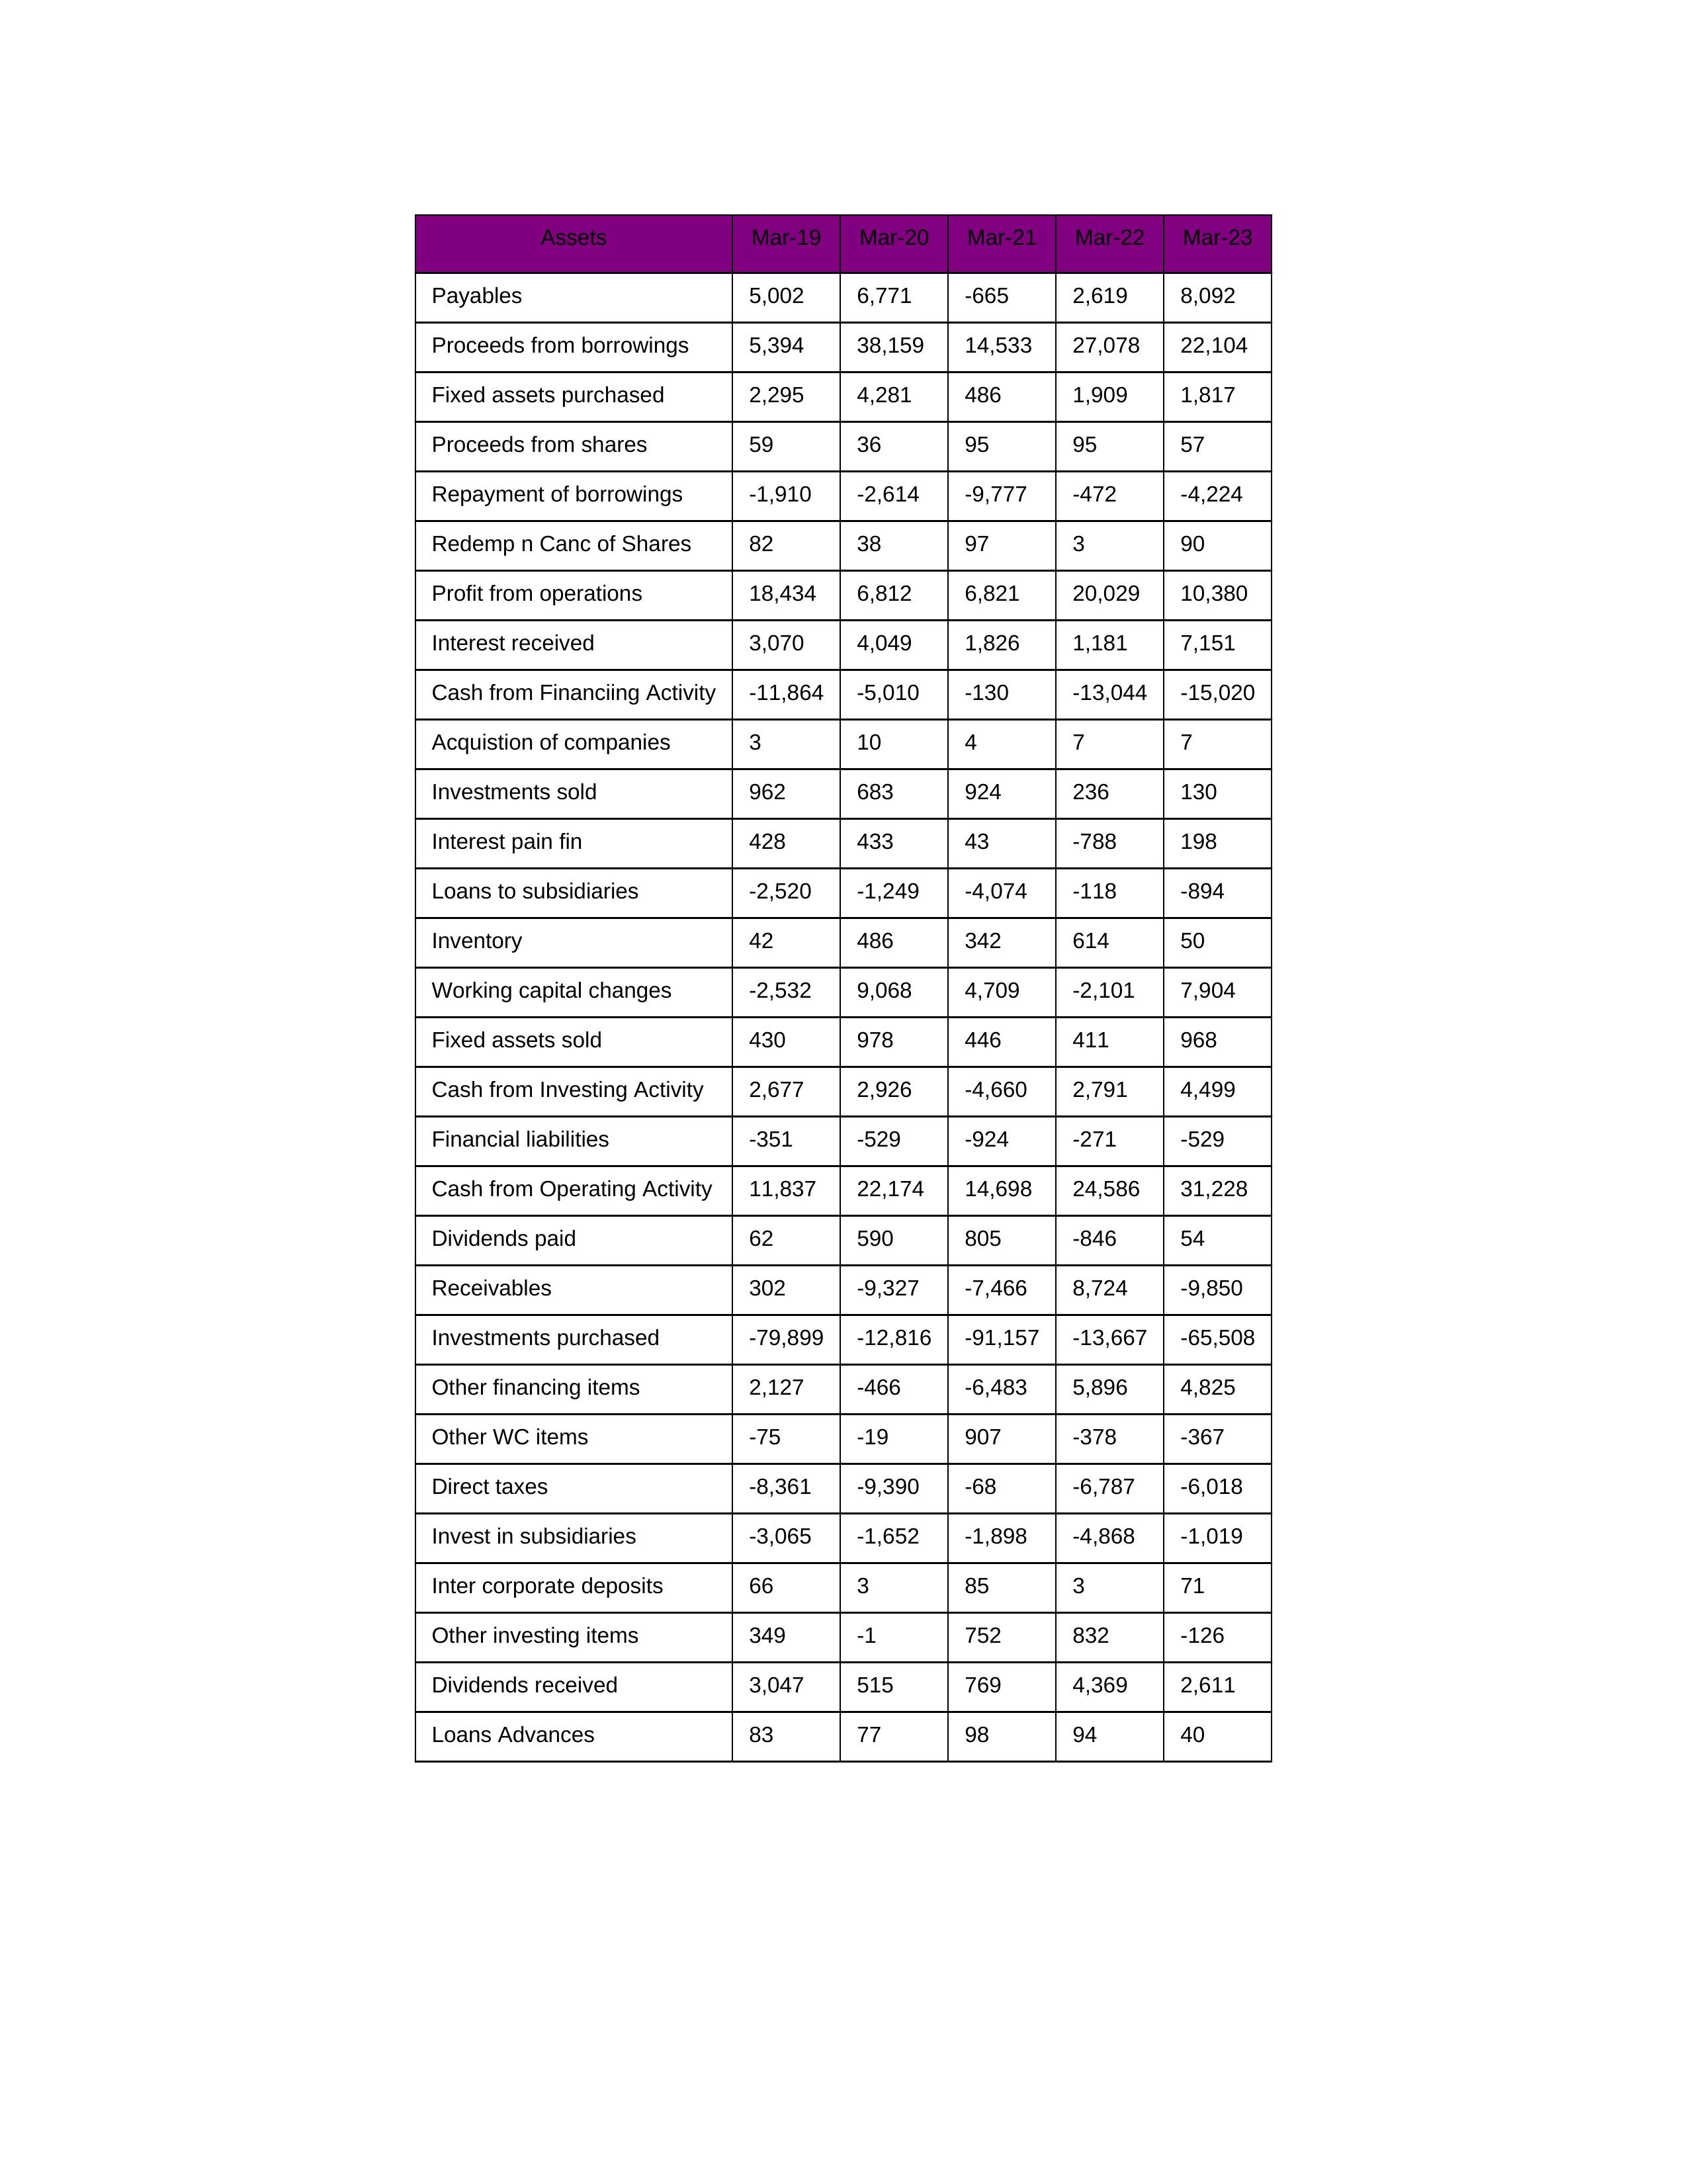
gt_parse: Mar-19: Cash from Operating Activity: 11,837
Profit from operations: 18,434
Receivables: 302
Inventory: 42
Payables: 5,002
Loans Advances: 83
Other WC items: -75
Working capital changes: -2,532
Direct taxes: -8,361
Cash from Investing Activity: 2,677
Fixed assets purchased: 2,295
Fixed assets sold: 430
Investments purchased: -79,899
Investments sold: 962
Interest received: 3,070
Dividends received: 3,047
Invest in subsidiaries: -3,065
Loans to subsidiaries: -2,520
Redemp n Canc of Shares: 82
Acquistion of companies: 3
Inter corporate deposits: 66
Other investing items: 349
Cash from Financiing Activity: -11,864
Proceeds from shares: 59
Proceeds from borrowings: 5,394
Repayment of borrowings: -1,910
Interest pain fin: 428
Dividends paid: 62
Financial liabilities: -351
Other financing items: 2,127
Mar-20: Cash from Operating Activity: 22,174
Profit from operations: 6,812
Receivables: -9,327
Inventory: 486
Payables: 6,771
Loans Advances: 77
Other WC items: -19
Working capital changes: 9,068
Direct taxes: -9,390
Cash from Investing Activity: 2,926
Fixed assets purchased: 4,281
Fixed assets sold: 978
Investments purchased: -12,816
Investments sold: 683
Interest received: 4,049
Dividends received: 515
Invest in subsidiaries: -1,652
Loans to subsidiaries: -1,249
Redemp n Canc of Shares: 38
Acquistion of companies: 10
Inter corporate deposits: 3
Other investing items: -1
Cash from Financiing Activity: -5,010
Proceeds from shares: 36
Proceeds from borrowings: 38,159
Repayment of borrowings: -2,614
Interest pain fin: 433
Dividends paid: 590
Financial liabilities: -529
Other financing items: -466
Mar-21: Cash from Operating Activity: 14,698
Profit from operations: 6,821
Receivables: -7,466
Inventory: 342
Payables: -665
Loans Advances: 98
Other WC items: 907
Working capital changes: 4,709
Direct taxes: -68
Cash from Investing Activity: -4,660
Fixed assets purchased: 486
Fixed assets sold: 446
Investments purchased: -91,157
Investments sold: 924
Interest received: 1,826
Dividends received: 769
Invest in subsidiaries: -1,898
Loans to subsidiaries: -4,074
Redemp n Canc of Shares: 97
Acquistion of companies: 4
Inter corporate deposits: 85
Other investing items: 752
Cash from Financiing Activity: -130
Proceeds from shares: 95
Proceeds from borrowings: 14,533
Repayment of borrowings: -9,777
Interest pain fin: 43
Dividends paid: 805
Financial liabilities: -924
Other financing items: -6,483
Mar-22: Cash from Operating Activity: 24,586
Profit from operations: 20,029
Receivables: 8,724
Inventory: 614
Payables: 2,619
Loans Advances: 94
Other WC items: -378
Working capital changes: -2,101
Direct taxes: -6,787
Cash from Investing Activity: 2,791
Fixed assets purchased: 1,909
Fixed assets sold: 411
Investments purchased: -13,667
Investments sold: 236
Interest received: 1,181
Dividends received: 4,369
Invest in subsidiaries: -4,868
Loans to subsidiaries: -118
Redemp n Canc of Shares: 3
Acquistion of companies: 7
Inter corporate deposits: 3
Other investing items: 832
Cash from Financiing Activity: -13,044
Proceeds from shares: 95
Proceeds from borrowings: 27,078
Repayment of borrowings: -472
Interest pain fin: -788
Dividends paid: -846
Financial liabilities: -271
Other financing items: 5,896
Mar-23: Cash from Operating Activity: 31,228
Profit from operations: 10,380
Receivables: -9,850
Inventory: 50
Payables: 8,092
Loans Advances: 40
Other WC items: -367
Working capital changes: 7,904
Direct taxes: -6,018
Cash from Investing Activity: 4,499
Fixed assets purchased: 1,817
Fixed assets sold: 968
Investments purchased: -65,508
Investments sold: 130
Interest received: 7,151
Dividends received: 2,611
Invest in subsidiaries: -1,019
Loans to subsidiaries: -894
Redemp n Canc of Shares: 90
Acquistion of companies: 7
Inter corporate deposits: 71
Other investing items: -126
Cash from Financiing Activity: -15,020
Proceeds from shares: 57
Proceeds from borrowings: 22,104
Repayment of borrowings: -4,224
Interest pain fin: 198
Dividends paid: 54
Financial liabilities: -529
Other financing items: 4,825